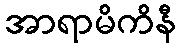
အာရာမိကိနီ